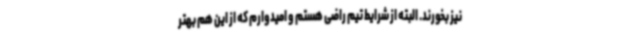
نیز بخورند. البته از شرایط تیم راضی هستم و امیدوارم که از این هم بهتر